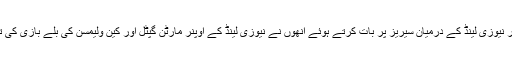
پاکستان اور نیوزی لینڈ کے درمیان سیریز پر بات کرتے ہوئے انھوں نے نیوزی لینڈ کے اوپنر مارٹن گپٹل اور کین ولیمسن کی بلے بازی کی تعریف کی۔